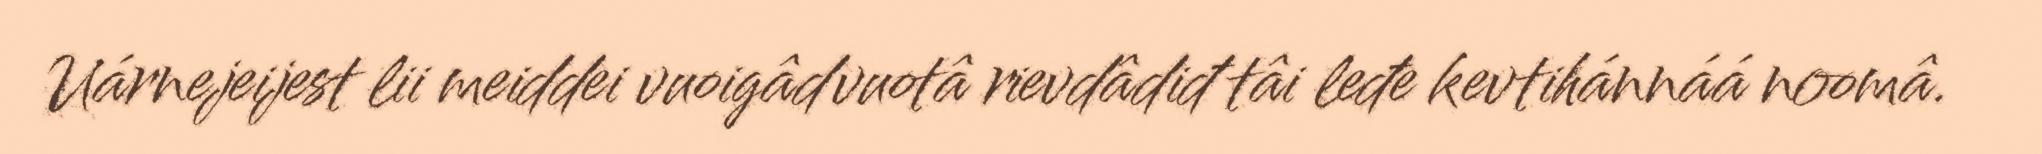
Uárnejeijest lii meiddei vuoigâdvuotâ rievdâdiđ tâi leđe kevtihánnáá noomâ.